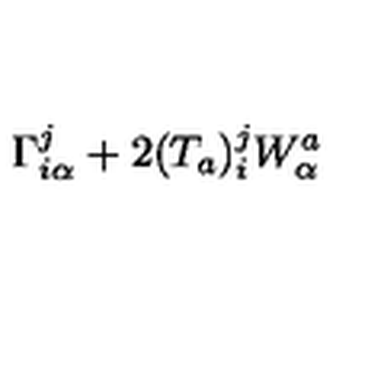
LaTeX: \Gamma _ { i \alpha } ^ { j } + 2 ( T _ { a } ) _ { i } ^ { j } W _ { \alpha } ^ { a }